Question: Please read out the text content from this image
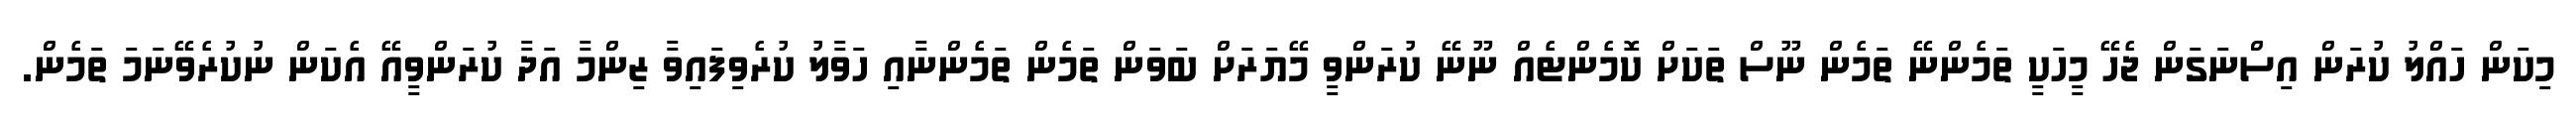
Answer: މިކަން ހައްލު ކުރަން އިސްނަގަން ޖެހޭ މީހަކީ ތަމެންނޭ ތަމެން ނޫސް ތަކަށް ކޮމެންޓެއް ނޫނޭ ކުރަންވީ މޭޔަރަށް ބަވަން ތަމެން ތަމެންނާއި ހަވާލު ކުރެވިފައިވާ ޒިންމާ އަދާ ކުރަންވީއޭ އެކަން ނުކުރެވޭނަމަ ތަމެން.